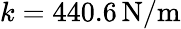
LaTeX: k=440.6\, \mathrm{N}/\mathrm{m}